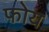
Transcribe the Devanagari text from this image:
फोय